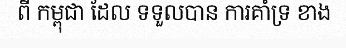
ពី កម្ពុជា ដែល ទទួលបាន ការគាំទ្រ ខាង